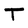
Character: T